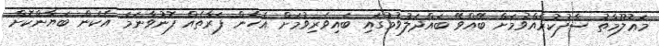
މަޢުލޫމާތު ސާފުކުރެއްވުމަށް ބޭއްވޭ ބައްދަލުވުމުގައި ބައިވެރިވުމަށް އެހެން ފަރާތެއް ފޮނުވާނަމަ އެކަން ބަޔާންކޮށް